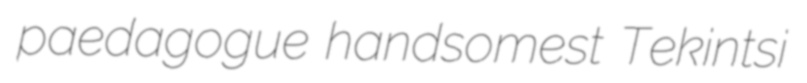
paedagogue handsomest Tekintsi